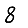
Digit: 8